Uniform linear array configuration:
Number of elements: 24
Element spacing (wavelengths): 0.5
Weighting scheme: blackman
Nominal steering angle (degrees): -30
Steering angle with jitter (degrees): -28.468
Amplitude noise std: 0.05
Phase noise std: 0.05

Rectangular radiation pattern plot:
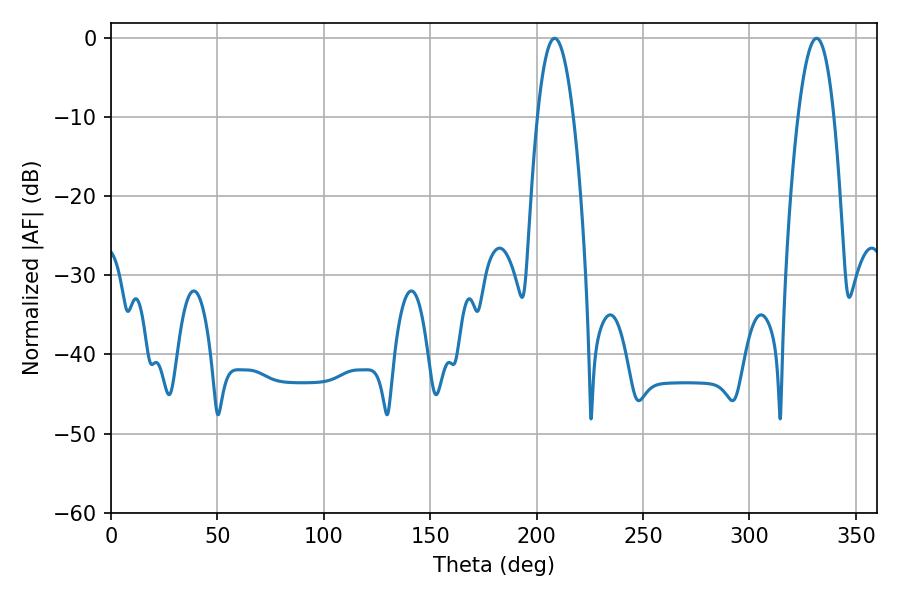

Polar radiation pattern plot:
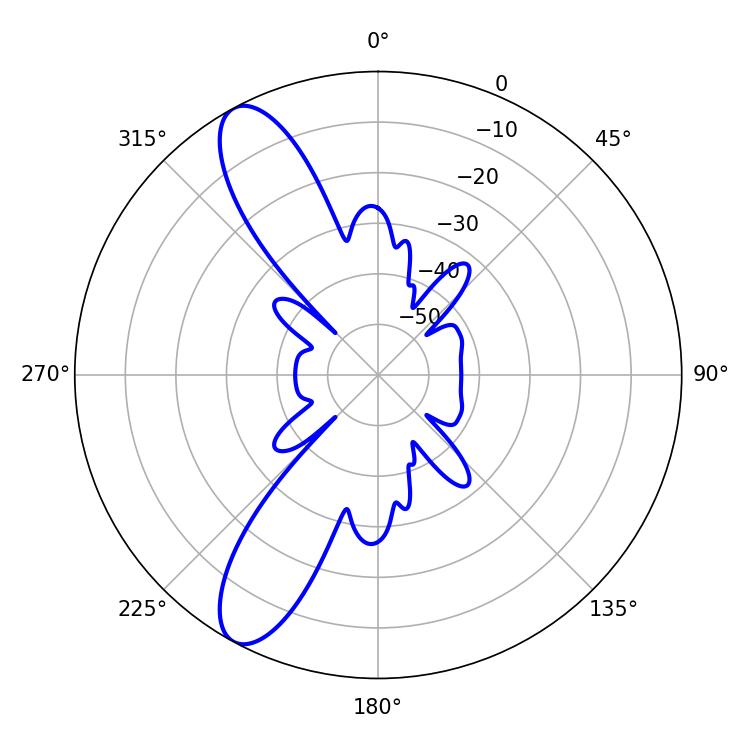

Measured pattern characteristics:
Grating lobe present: FALSE
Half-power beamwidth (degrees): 9.18
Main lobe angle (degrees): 208.44